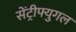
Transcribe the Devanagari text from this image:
सेंट्रीफ्युगल